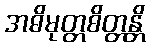
အဓိမုတ္တစိတ္တန္တိ